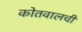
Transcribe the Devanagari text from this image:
कोतवालची